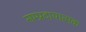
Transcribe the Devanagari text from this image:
सम्प्रदायात्मक